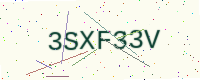
Text: 3SXF33V